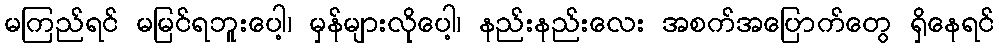
မကြည်ရင် မမြင်ရဘူးပေါ့၊ မှန်များလိုပေါ့၊ နည်းနည်းလေး အစက်အပြောက်တွေ ရှိနေရင်